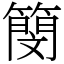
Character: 簢